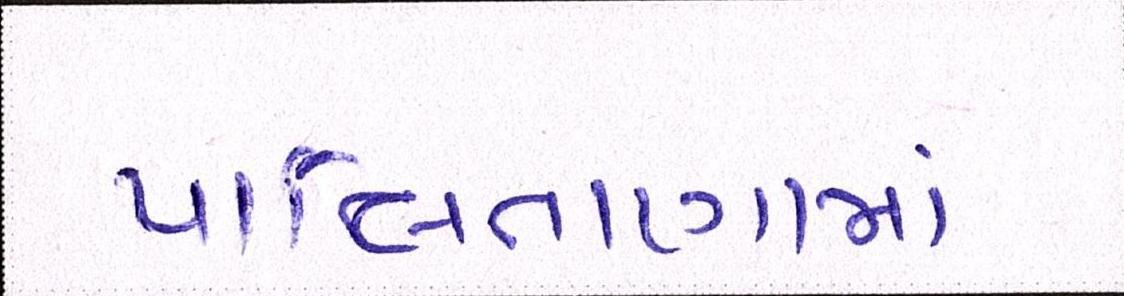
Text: પાલિતાણામાં